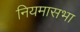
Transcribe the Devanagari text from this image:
नियमासभा